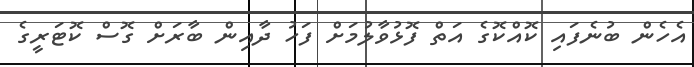
އެހެން ބުނެފައި ކޮއްކޮގެ އަތް ފޮޅުވާލުމަށް ފަހު ދާއިން ބާރަށް ގޮސް ކޮޓަރީގެ